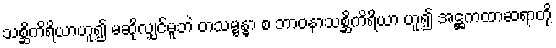
သစ္ဆိကိရိယာဟူ၍ မဆိုလျှင်မူဘဲ တသမ္ဗန္ဓာ စ ဘာဝနာသစ္ဆိကိရိယာ ဟူ၍ အဋ္ဌကထာဆရာတို့